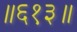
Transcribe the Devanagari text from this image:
॥६१३॥